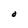
Character: O